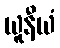
ယူနီယံ